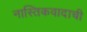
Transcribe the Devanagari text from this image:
नास्तिकवादाची